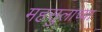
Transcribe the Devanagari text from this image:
महसुलाच्या